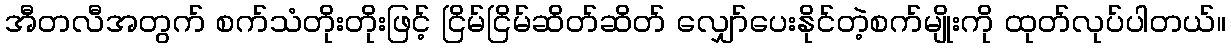
အီတလီအတွက် စက်သံတိုးတိုးဖြင့် ငြိမ်ငြိမ်ဆိတ်ဆိတ် လျှော်ပေးနိုင်တဲ့စက်မျိုးကို ထုတ်လုပ်ပါတယ်။